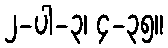
၂-ပါ-၃၊ ၄-၃၅။